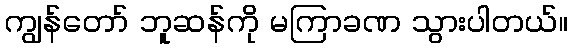
ကျွန်တော် ဘူဆန်ကို မကြာခဏ သွားပါတယ်။